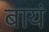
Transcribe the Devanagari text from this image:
बायं